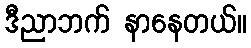
ဒီညာဘက် နာနေတယ်။